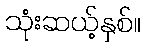
သုံးဆယ့်နှစ်။